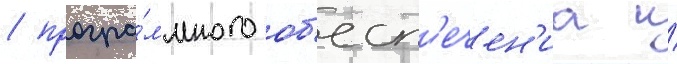
/ програ́ммного об'есп'ечен'иа и́